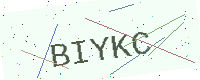
Text: BIYKC